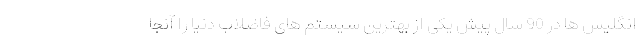
انگلیس ها در 90 سال پیش یکی از بهترین سیستم های فاضلاب دنیا را آنجا